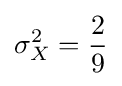
\sigma _{X}^{2}={\frac {2}{9}}